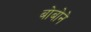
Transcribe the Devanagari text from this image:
बोबोने